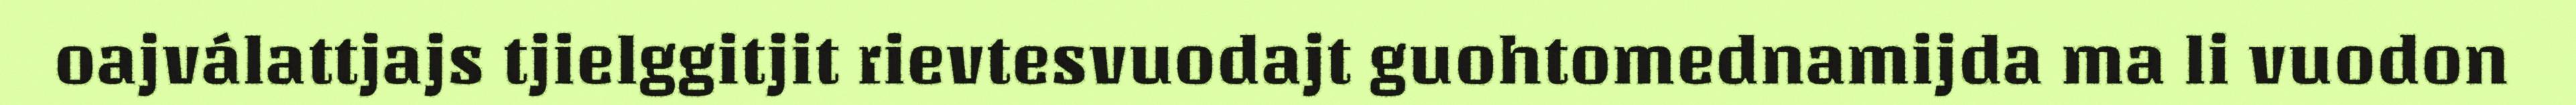
oajválattjajs tjielggitjit rievtesvuodajt guohtomednamijda ma li vuodon